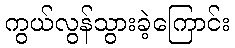
ကွယ်လွန်သွားခဲ့ကြောင်း